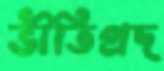
ভীতিপ্রদ